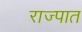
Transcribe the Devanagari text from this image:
राज्पात